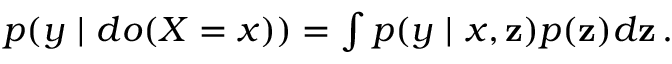
\begin{array} { r } { p ( y ~ \vert ~ d o ( X = x ) ) = \int p ( y ~ \vert ~ x , \mathbf { z } ) p ( \mathbf { z } ) d \mathbf { z } \, . } \end{array}